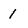
Character: 1